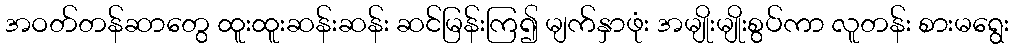
အဝတ်တန်ဆာတွေ ထူးထူးဆန်းဆန်း ဆင်မြန်းကြ၍ မျက်နှာဖုံး အမျိုးမျိုးစွပ်ကာ လူတန်း စားမရွေး